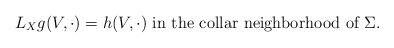
LaTeX: \begin{align*}L_X g (V, \cdot) = h(V, \cdot) \mbox{ in the collar neighborhood of } \Sigma. \end{align*}